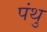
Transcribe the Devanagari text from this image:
पंथु